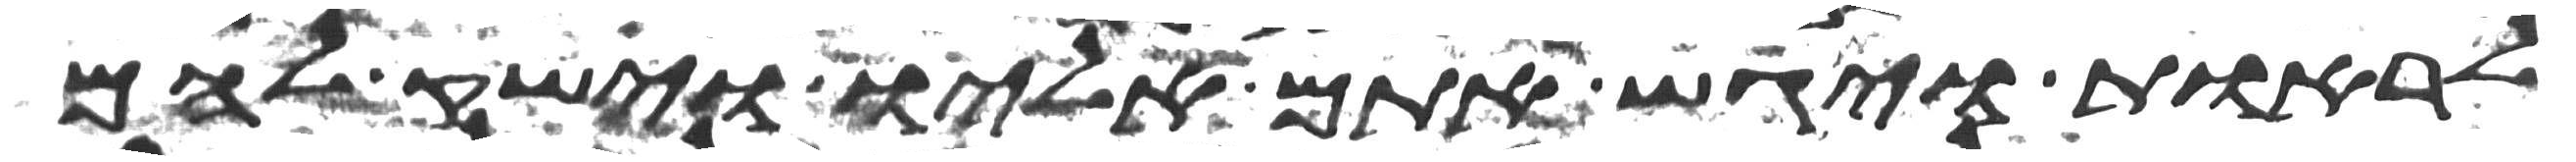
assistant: לראות ויגש אתם אליו וישק להם